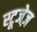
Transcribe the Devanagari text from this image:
स्टूजेज़